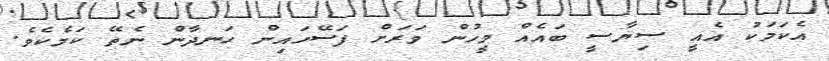
އެކަމަކު އެއީ ސިޔާސީ ބައެއް މީހުން ވަރަށް ފަސޭހައިން ހަނދާން ނެތޭ ކަމެކެވެ.